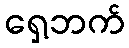
ရှေ့ဘက်